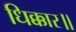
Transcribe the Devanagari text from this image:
धिक्कार॥